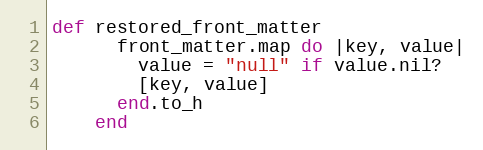
Language: Ruby
def restored_front_matter
      front_matter.map do |key, value|
        value = "null" if value.nil?
        [key, value]
      end.to_h
    end